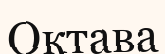
Октава